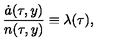
\frac { \dot { a } ( \tau , y ) } { n ( \tau , y ) } \equiv \lambda ( \tau ) ,